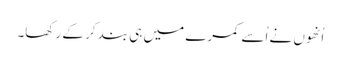
اُنھوں نے اُسے کمرے میں ہی بند کر کے رکھا۔